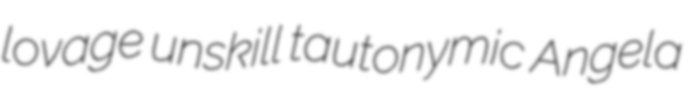
lovage unskill tautonymic Angela